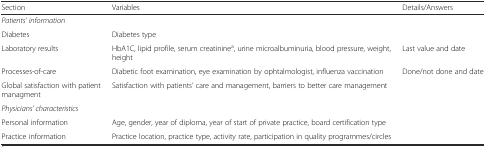
<table><thead><tr><td><b>Section</b></td><td><b>Variables</b></td><td><b>Details/Answers</b></td></tr></thead><tbody><tr><td colspan="3"><i>Patients’ information</i></td></tr><tr><td>Diabetes</td><td>Diabetes type</td><td></td></tr><tr><td>Laboratory results</td><td>HbA1C, lipid profile, serum creatinine<sup>a</sup>, urine microalbuminuria, blood pressure, weight, height</td><td>Last value and date</td></tr><tr><td>Processes-of-care</td><td>Diabetic foot examination, eye examination by ophtalmologist, influenza vaccination</td><td>Done/not done and date</td></tr><tr><td>Global satisfaction with patient managment</td><td>Satisfaction with patients’ care and management, barriers to better care management</td><td></td></tr><tr><td colspan="3"><i>Physicians’ characteristics</i></td></tr><tr><td>Personal information</td><td>Age, gender, year of diploma, year of start of private practice, board certification type</td><td></td></tr><tr><td>Practice information</td><td>Practice location, practice type, activity rate, participation in quality programmes/circles</td><td></td></tr></tbody></table>